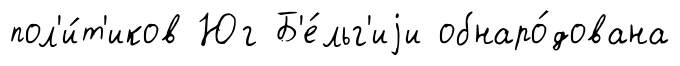
пол'и́т'иков Юг Б'е́льг'иjи обнаро́дована